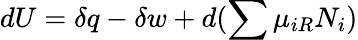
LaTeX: dU=\delta q-\delta w+d(\sum\mu_{iR}N_{i})